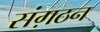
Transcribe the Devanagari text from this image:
संग़ठन